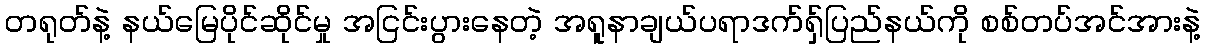
တရုတ်နဲ့ နယ်မြေပိုင်ဆိုင်မှု အငြင်းပွားနေတဲ့ အရူနာချယ်ပရာဒက်ရှ်ပြည်နယ်ကို စစ်တပ်အင်အားနဲ့